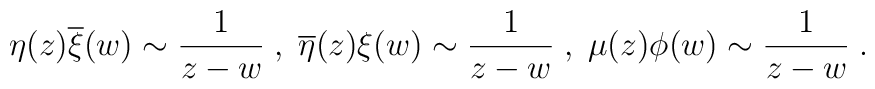
\eta(z)\overline{\xi}(w)\sim\frac{1}{z-w}\;, \;\overline{\eta}(z){\xi}(w)\sim\frac{1}{z-w}\;, \;\mu(z){\phi}(w)\sim\frac{1}{z-w}\;.